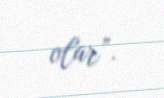
olar”.